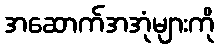
အဆောက်အအုံများကို